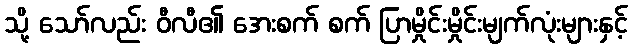
သို့ သော်လည်း ဝီလီ၏ အေးစက် စက် ပြာမှိုင်းမှိုင်းမျက်လုံးများနှင့်